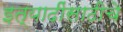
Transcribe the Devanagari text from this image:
इत्यादींसाठीचे